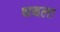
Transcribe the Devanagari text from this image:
धबला